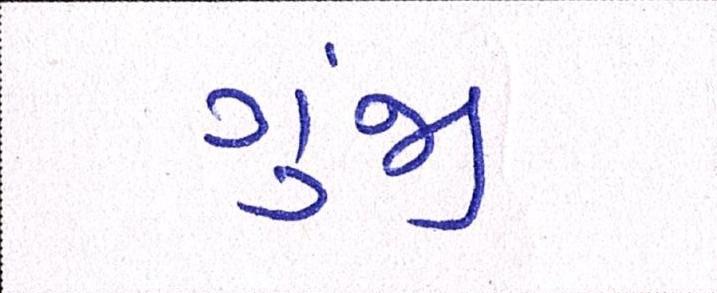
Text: ગુંજી